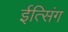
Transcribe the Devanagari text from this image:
ईत्सिंग